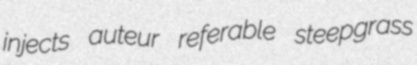
injects auteur referable steepgrass